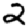
Digit: 2